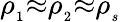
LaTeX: \rho_{_1}{\approx}\rho_{_2}{\approx}\rho_{_s}